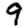
Digit: 9